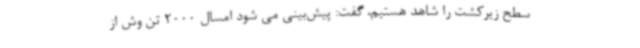
سطح زیرکشت را شاهد هستیم، گفت: پیش‌بینی می شود امسال 2000 تن وش از